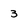
Character: 3